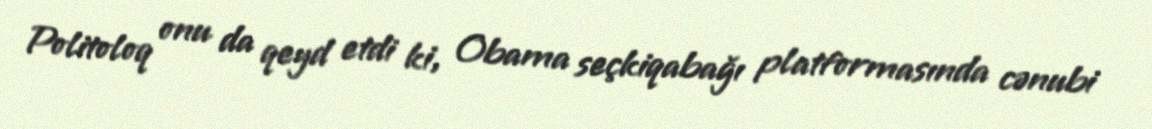
Politoloq onu da qeyd etdi ki, Obama seçkiqabağı platformasında cənubi